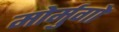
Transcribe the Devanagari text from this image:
मोर्मुगो